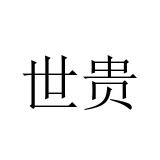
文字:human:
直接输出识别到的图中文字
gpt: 世贵